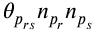
\theta _ { p _ { r s } } n _ { p _ { r } } n _ { p _ { s } }